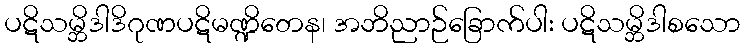
ပဋိသမ္ဘိဒါဒိဂုဏပဋိမဏ္ဍိတေန၊ အဘိညာဉ်ခြောက်ပါး ပဋိသမ္ဘိဒါစသော